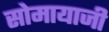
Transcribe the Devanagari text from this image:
सोमायाजी